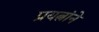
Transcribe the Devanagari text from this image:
प्रयत्नांने